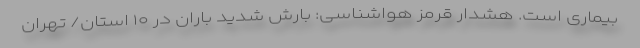
بیماری است. هشدار قرمز هواشناسی: بارش شدید باران در ۱۰ استان/ تهران